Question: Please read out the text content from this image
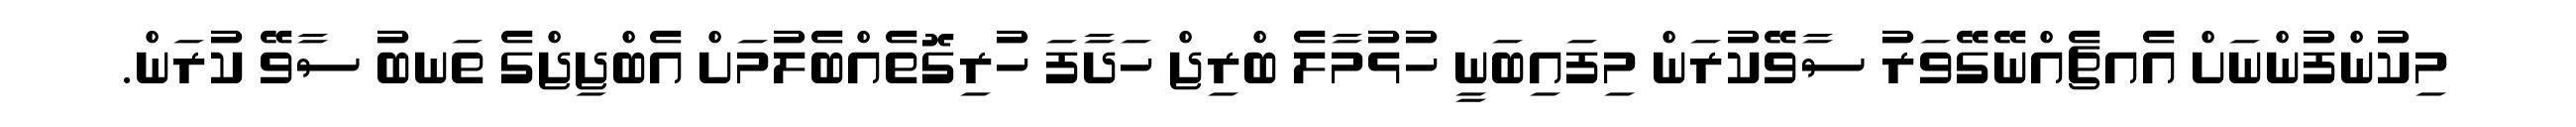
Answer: މިކުންފުންނަށް އެއޗެއްނޭގޭވަރު ސާވޭކުރަން މިފައިބަނީ ހުޅުމާލެ ބްރިޖް ހަދާފަ ހުރިގޮތެއްބެލުމަށް އެބްޖިޖްގެ ތަނބު ސާވޭ ކުރަން.